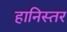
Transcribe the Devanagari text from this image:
हानिस्तर